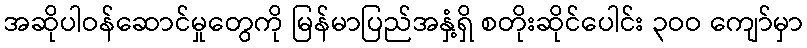
အဆိုပါဝန်ဆောင်မှုတွေကို မြန်မာပြည်အနှံ့ရှိ စတိုးဆိုင်ပေါင်း ၃ဝဝ ကျော်မှာ